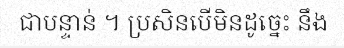
ជាបន្ទាន់ ។ ប្រសិនបើមិនដូច្នេះ នឹង